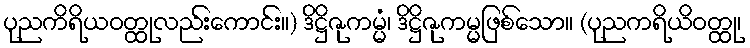
ပုညကိရိယဝတ္ထုလည်းကောင်း။) ဒိဋ္ဌိဇုကမ္မံ၊ ဒိဋ္ဌိဇုကမ္မဖြစ်သော။ (ပုညကရိယိဝတ္ထု၊